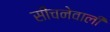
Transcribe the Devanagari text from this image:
सींचनेवाली